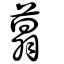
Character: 𦶑